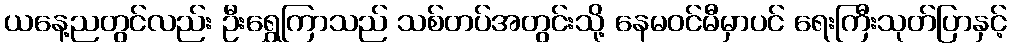
ယနေ့ညတွင်လည်း ဦးရွှေကြာသည် သစ်တပ်အတွင်းသို့ နေမဝင်မီမှာပင် ရေးကြီးသုတ်ပြာနှင့်